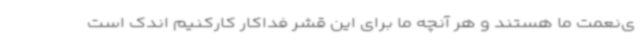
ی‌نعمت ما هستند و هر آنچه ما برای این قشر فداکار کارکنیم اندک است